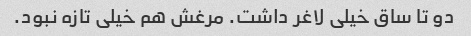
دو تا ساق خیلی لاغر داشت. مرغش هم خیلی تازه نبود.